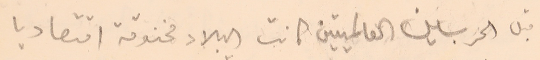
قبل الحربين العالميتين كانت البلاد مخنوقة اقتصاديا